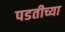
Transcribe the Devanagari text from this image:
पडतीच्या